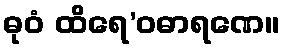
ဓုဝံ ထိရေ’ဝဓာရဏေ။